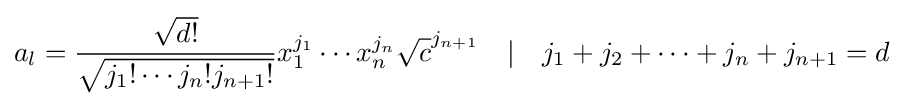
a_{l}={\frac {\sqrt {d!}}{\sqrt {j_{1}!\cdots j_{n}!j_{n+1}!}}}x_{1}^{j_{1}}\cdots x_{n}^{j_{n}}{\sqrt {c}}^{j_{n+1}}\quad |\quad j_{1}+j_{2}+\dots +j_{n}+j_{n+1}=d